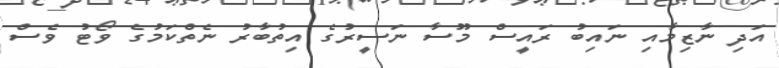
އަދި ނާޒިމާއި ނައިބު ރައީސް މޫސާ ނަސީރުގެ އިތުބާރު ނެތްކަމުގެ ވޯޓު ވެސް